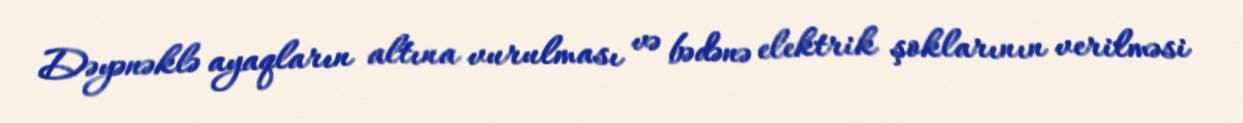
Dəyənəklə ayaqların altına vurulması və bədənə elektrik şoklarının verilməsi